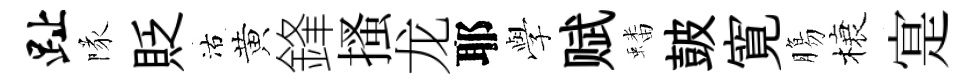
趾隊貶沽黄鋒搔龙耶𫝯赋蟠皷寛膓榱寔